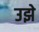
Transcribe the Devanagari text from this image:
उझे